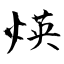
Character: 煐